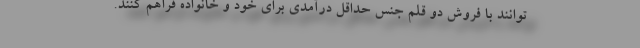
توانند با فروش دو قلم جنس حداقل درآمدی برای خود و خانواده فراهم کنند.